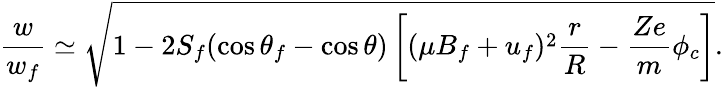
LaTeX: \frac{w}{w_{f}}\simeq\sqrt{1-2S_{f}(\cos\theta_{f}-\cos\theta)\left[(\mu B_{f}+u_{f})^{2}\frac{r}{R}-\frac{Ze}{m}\phi_{c}\right]}.